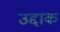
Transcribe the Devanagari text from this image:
उद्दाक